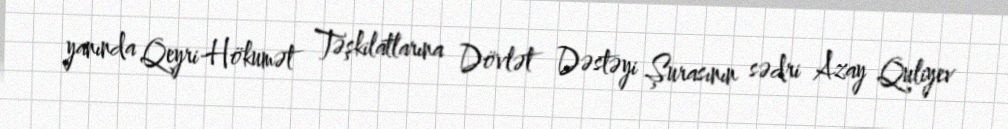
yanında Qeyri-Hökumət Təşkilatlarına Dövlət Dəstəyi Şurasının sədri Azay Quliyev